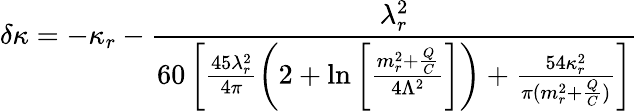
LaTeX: \delta\kappa=-\kappa_{r}-\frac{\lambda_{r}^{2}}{60\left[\frac{45\lambda_{r}^{2}}{4\pi}\left(2+\ln\left[\frac{m_{r}^{2}+\frac QC}{4\Lambda^{2}}\right]\right)+\frac{54\kappa_{r}^{2}}{\pi(m_{r}^{2}+\frac QC)}\right]}